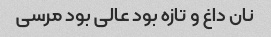
نان داغ و تازه بود عالی بود مرسی